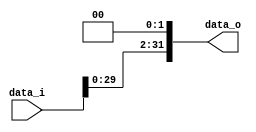
// 109550018 

module Shift_Left_Two_32(
    data_i,
    data_o
    );

//I/O ports                    
input [32-1:0] data_i;
output [32-1:0] data_o;

//shift left 2
assign data_o = { data_i[29:0], 2'b00 };

endmodule